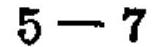
\(5 - 7\)